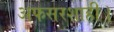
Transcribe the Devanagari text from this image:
अफसरशाही।